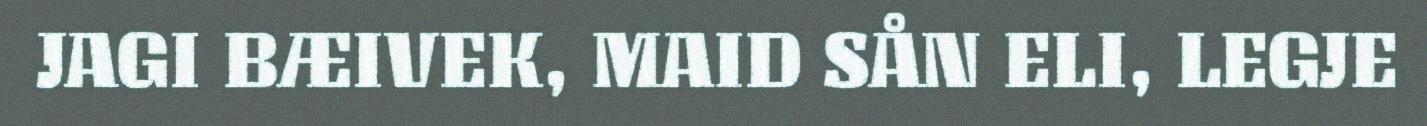
JAGI BÆIVEK, MAID SÅN ELI, LEGJE